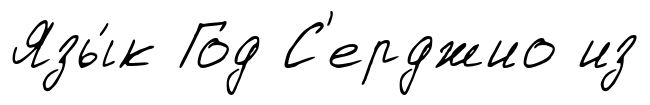
Язы́к Год С'ерджио из